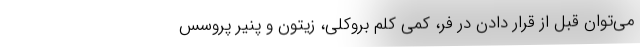
می‌توان قبل از قرار دادن در فر، کمی کلم بروکلی، زیتون و پنیر پروسس